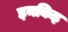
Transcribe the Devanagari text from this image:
इनकिइ